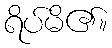
ရိပ်မိ၏။